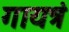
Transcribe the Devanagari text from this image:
गायत्रं